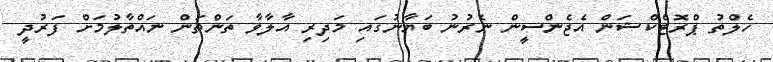
ހެލްތު ޕްރޮޓެކްޝަން އެޖެންސީން ނެރުނު ބަޔާނުގައި މަދިރި އާލާވާ ތަންތަން ނައްތާލުމަށް ފަރުދީ